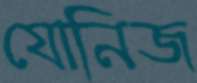
যোনিজ